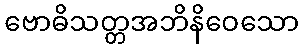
ဗောဓိသတ္တအဘိနိဝေသော